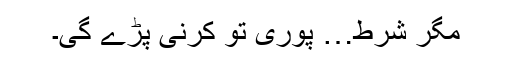
مگر شرط… پوری تو کرنی پڑے گی۔